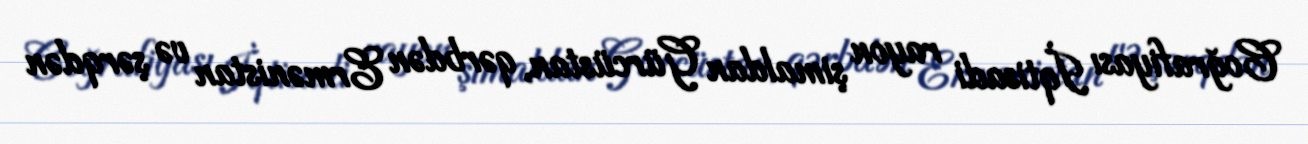
Coğrafiyası İqtisadi rayon şimaldan Gürcüstan, qərbdən Ermənistan və şərqdən